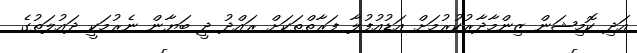
އަދި ކޮމިޝަން ޒިންމާދާރުކުރުމަށް އަޑުއުފުލާ ފަރާތްތަކަށް ރައްދު ދީ ބަޔާން ނެރުމަކީ ދައުލަތުގެ